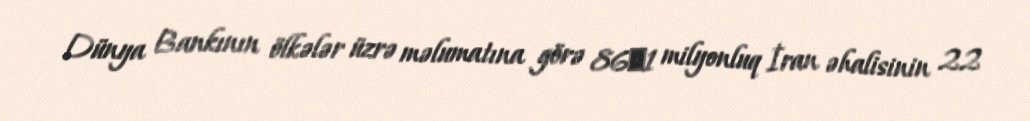
Dünya Bankının ölkələr üzrə məlumatına görə 86٫1 milyonluq İran əhalisinin 22